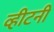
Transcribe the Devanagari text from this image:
व्हीटनी